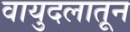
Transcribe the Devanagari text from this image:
वायुदलातून